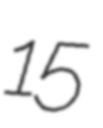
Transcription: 15